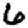
Digit: 6